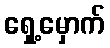
ရှေ့မှောက်